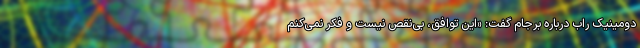
دومینیک راب درباره برجام گفت: «این توافق، بی‌نقص نیست و فکر نمی‌کنم